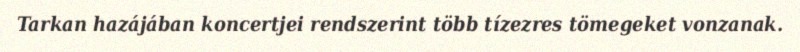
Tarkan hazájában koncertjei rendszerint több tízezres tömegeket vonzanak.